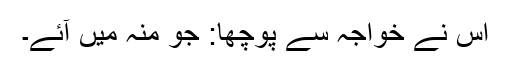
اس نے خواجہ سے پوچھا: جو منہ میں آئے۔